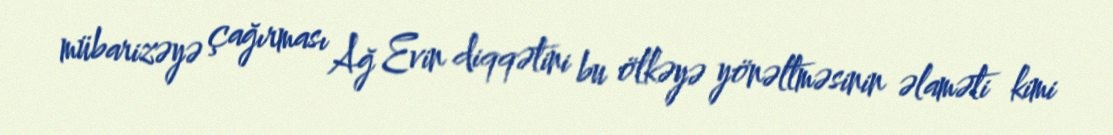
mübarizəyə çağırması Ağ Evin diqqətini bu ölkəyə yönəltməsinin əlaməti kimi